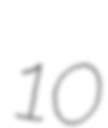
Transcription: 10